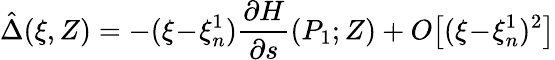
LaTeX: \hat{\Delta}(\xi,Z)=-(\xi\! -\! \xi_{n}^{1})\frac{\partial H}{\partial s}(P_{1};Z)+O\big[(\xi\! -\! \xi_{n}^{1})^{2}\big]